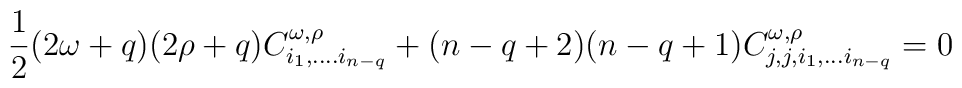
\frac 12(2\omega+q)(2\rho+q)C^{\omega,\rho}_{i_1,....i_{n-q}}+(n-q+2)(n-q+1)C^{\omega,\rho}_{j,j,i_1,...i_{n-q}}=0~~~